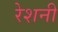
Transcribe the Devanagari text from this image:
रेशनी